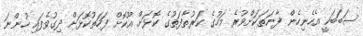
ސަބަބަކީ އެހެނިހެން ފާނަތަކަށްވުރެ މަހުގެ ކަރުތާފަތުގެ ކޮޅަށް އޫކޮށް ފަހަތުކޮޅަށް ދިގުވެފައި ހުންނަ